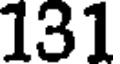
131